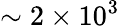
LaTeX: \sim 2\times 10^{3}